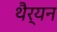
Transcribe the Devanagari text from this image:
थैर्यन